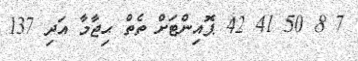
7 8 50 41 42 ޕޮއިންޓަށް ތެތް ޙިޖާމާ އަދި 137